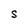
Character: S